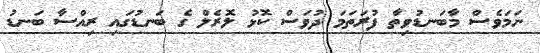
ނަމަވެސް މާބަނޑުވިތާ ފުރަތަމަ ދުވަސް ކޮޅު ލޮރެލް ގެ ބަނޑުގައި ރިއްސާ ބަނޑު